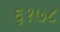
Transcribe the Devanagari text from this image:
६१७८